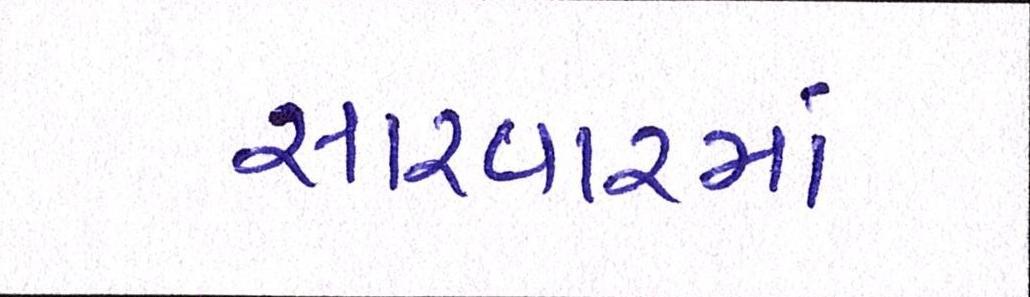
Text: સારવારમાં